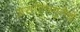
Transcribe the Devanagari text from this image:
असहिष्णुतेचे